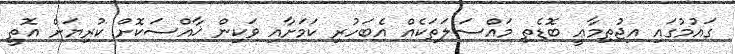
ގައުމުގައި އިޖުތިމާޢީ ބޮޑެތި މައްސަލަތަކެއް އެބަހުރި ކަމަށާއި ވަކިން ޚާއްސަކޮށް ކުރިޔަށް އޮތީ